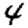
Digit: 4